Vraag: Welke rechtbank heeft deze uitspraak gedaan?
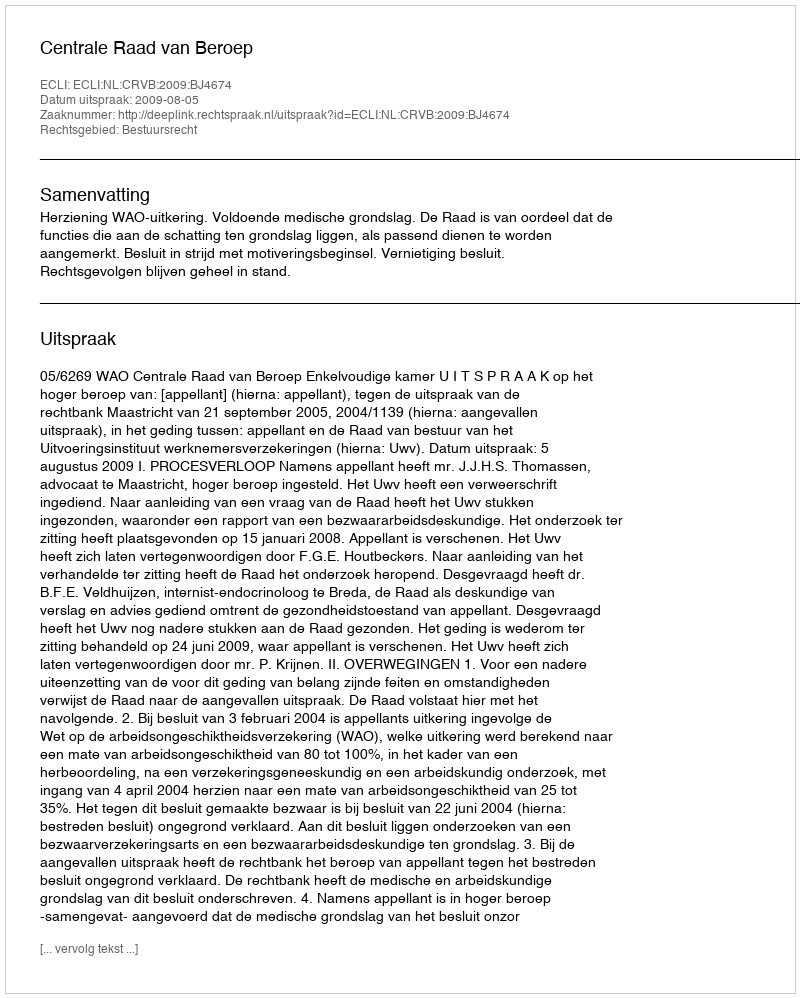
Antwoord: Centrale Raad van Beroep